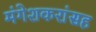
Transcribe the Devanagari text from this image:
मंगेशकरांसह